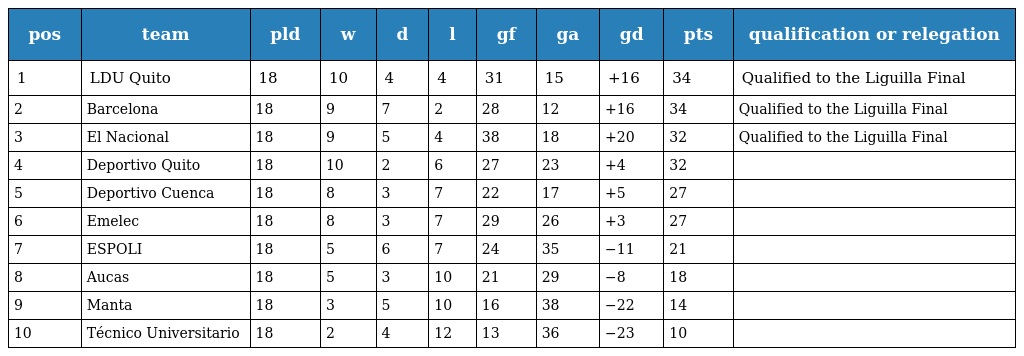
| pos | team | pld | w | d | l | gf | ga | gd | pts | qualification or relegation |
 | --- | --- | --- | --- | --- | --- | --- | --- | --- | --- | --- |
 | 1 | LDU Quito | 18 | 10 | 4 | 4 | 31 | 15 | +16 | 34 | Qualified to the Liguilla Final |
 | 2 | Barcelona | 18 | 9 | 7 | 2 | 28 | 12 | +16 | 34 | Qualified to the Liguilla Final |
 | 3 | El Nacional | 18 | 9 | 5 | 4 | 38 | 18 | +20 | 32 | Qualified to the Liguilla Final |
 | 4 | Deportivo Quito | 18 | 10 | 2 | 6 | 27 | 23 | +4 | 32 |  |
 | 5 | Deportivo Cuenca | 18 | 8 | 3 | 7 | 22 | 17 | +5 | 27 |  |
 | 6 | Emelec | 18 | 8 | 3 | 7 | 29 | 26 | +3 | 27 |  |
 | 7 | ESPOLI | 18 | 5 | 6 | 7 | 24 | 35 | −11 | 21 |  |
 | 8 | Aucas | 18 | 5 | 3 | 10 | 21 | 29 | −8 | 18 |  |
 | 9 | Manta | 18 | 3 | 5 | 10 | 16 | 38 | −22 | 14 |  |
 | 10 | Técnico Universitario | 18 | 2 | 4 | 12 | 13 | 36 | −23 | 10 |  |